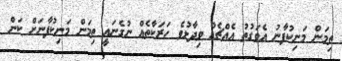
ތިމަން މަނިކުފާނު އެވަގުތު އެއްޗެއް ވިދާޅުވެ ހަރަކާތެއް ނުގެނައީ ތިމަން މަނިކުފާނަށް ކަން